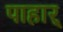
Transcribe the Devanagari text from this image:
पाहार्